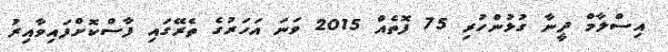
އިސްލާމް ދީނާ ގުޅުންހުރި 75 ފޮތެއް 2015 ވަަނަ އަހަރުގެ ތެރޭގައި ފާސްކޮށްފައިވާއިރު